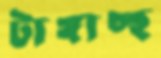
টাঙ্গাচ্ছ